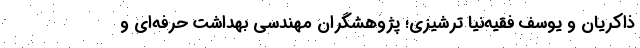
ذاکریان و یوسف فقیه‌نیا ترشیزی؛ پژوهشگران مهندسی بهداشت حرفه‌ای و